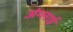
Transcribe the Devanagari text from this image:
अंग्लाई